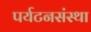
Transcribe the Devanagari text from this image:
पर्यटनसंस्था